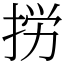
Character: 𢭐